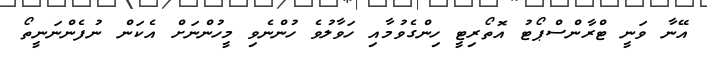
އޭނާ ވަނީ ޓްރާންސްޕޯޓު އޮތޯރިޓީ ހިންގެވުމާއި ހަވާލުވެ ހުންނެވި މީހުންނަށް އެކަން ނުފެންނަނީތޯ